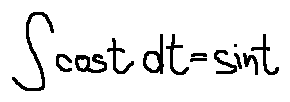
\int \cos t d t = \sin t